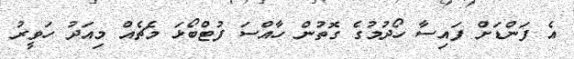
އެ ފަންޑަށް ފައިސާ ހޯދުުމުގެ ގޮތުން ހާއްސަ ފުޓްބޯޅަ މެޗެއް މިއަދު ހަވީރު